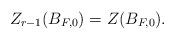
LaTeX: \begin{align*}Z_{r-1}(B_{F,0}) = Z(B_{F,0}).\end{align*}